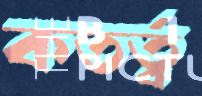
কতর্ত্ব